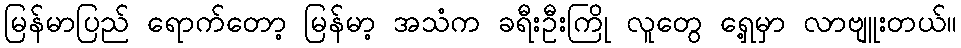
မြန်မာပြည် ရောက်တော့ မြန်မာ့ အသံက ခရီးဦးကြို လူတွေ ရှေ့မှာ လာဗျူးတယ်။